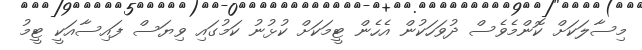
މިސާލަކަށް ކޮންމެވެސް ދުވަހަކުން އެހެން ޓީމަކަށް ކުޅުނު ކަމުގައި ވިޔަސް ފައިސާއަކީ ޓީމު